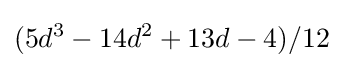
(5d^{3}-14d^{2}+13d-4)/12